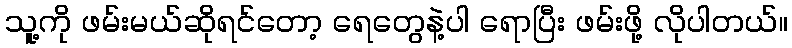
သူ့ကို ဖမ်းမယ်ဆိုရင်တော့ ရေတွေနဲ့ပါ ရောပြီး ဖမ်းဖို့ လိုပါတယ်။